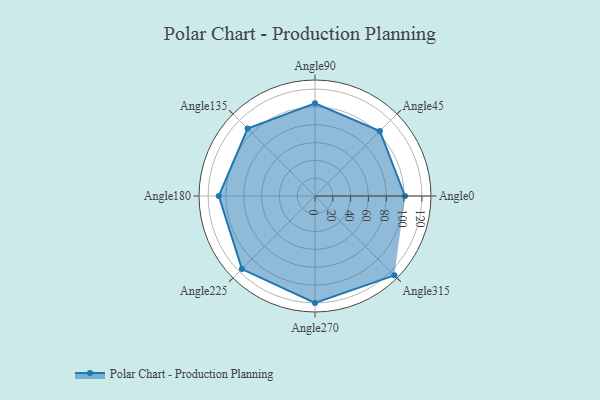
{"axis": {"x": "Angle", "y": "Radius"}, "legend": [""], "data": [{"x": "Angle0", "y": 101.0, "type": ""}, {"x": "Angle45", "y": 103.0, "type": ""}, {"x": "Angle90", "y": 104.0, "type": ""}, {"x": "Angle135", "y": 107.0, "type": ""}, {"x": "Angle180", "y": 108.0, "type": ""}, {"x": "Angle225", "y": 116.0, "type": ""}, {"x": "Angle270", "y": 120.0, "type": ""}, {"x": "Angle315", "y": 126.0, "type": ""}]}